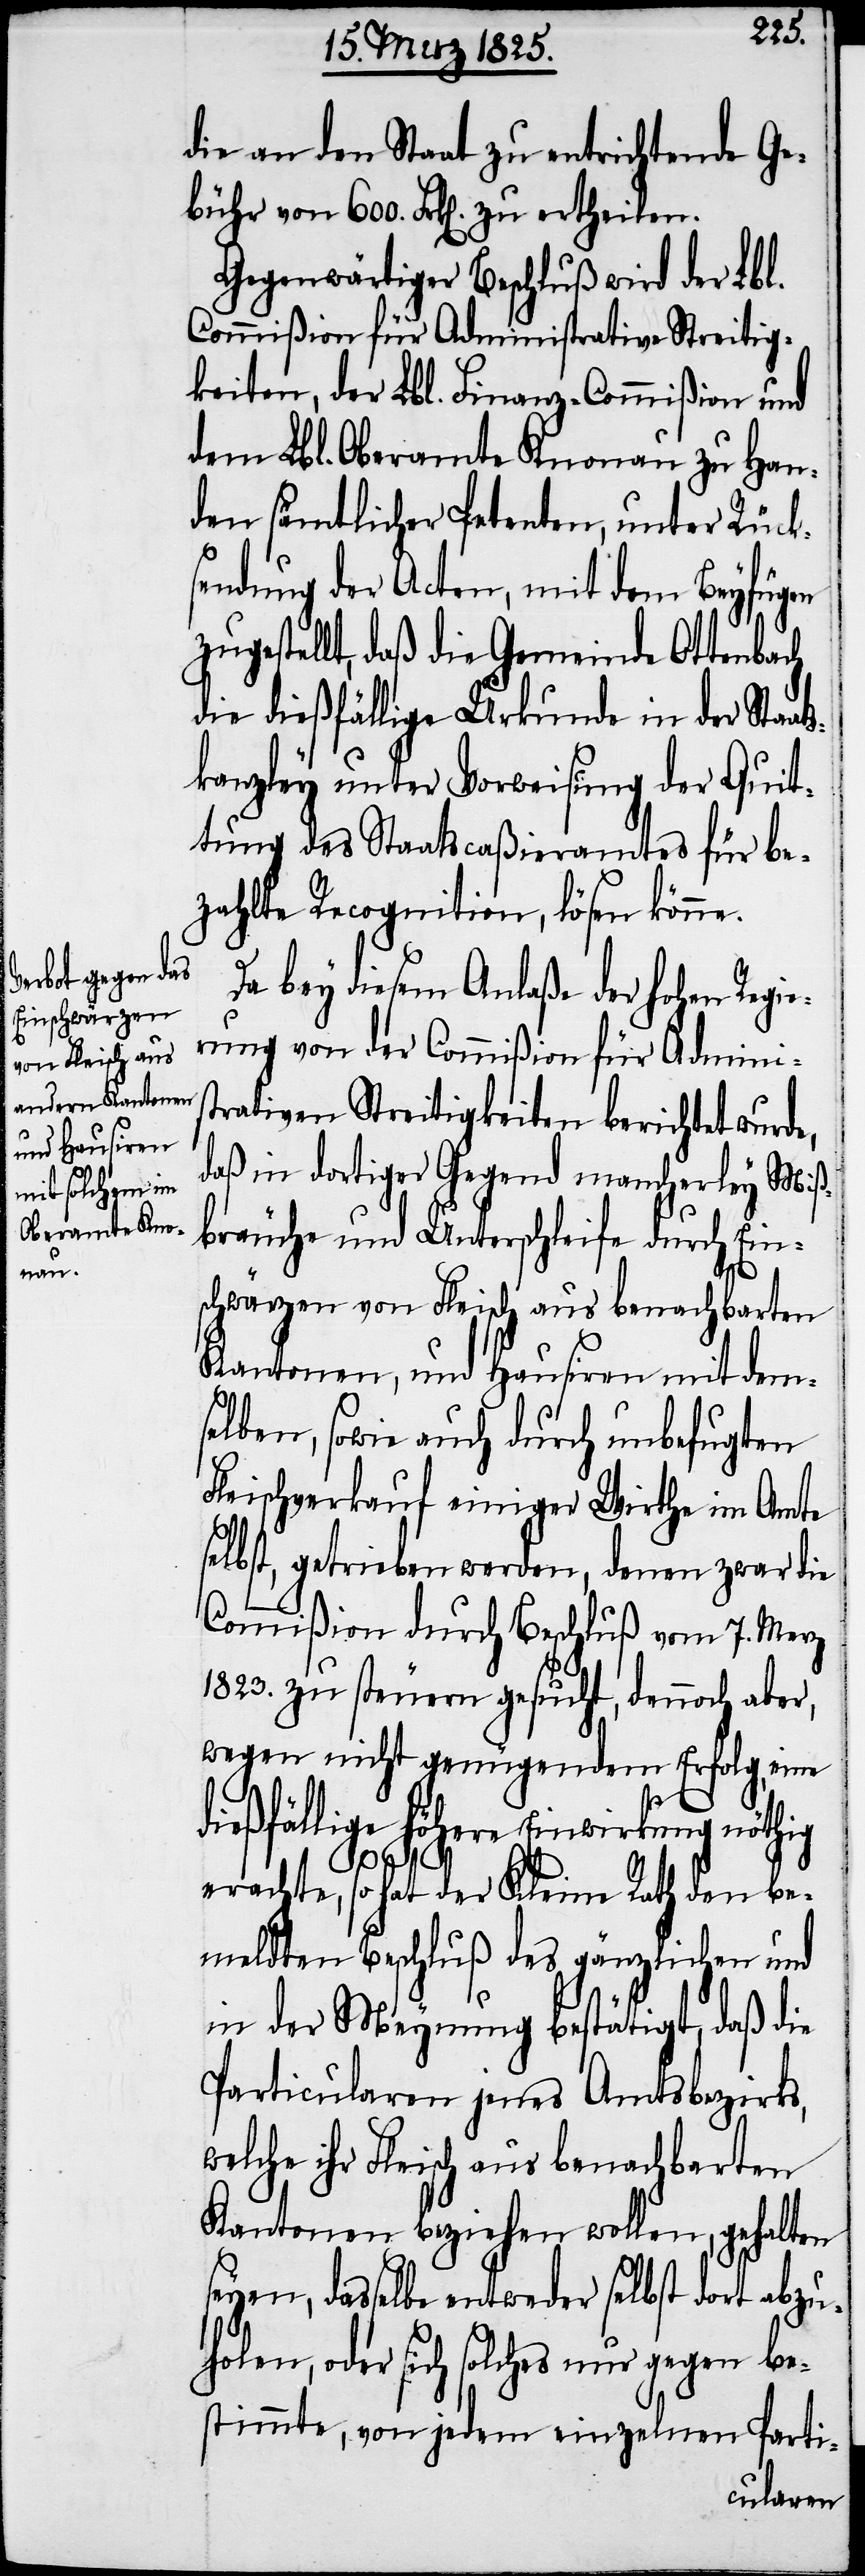
die an den Staat zu entrichtende Ge¬
bühr von 600. Frk[en]. zu ertheilen.
Gegenwärtiger Beschluß wird der Lbl.
Commißion für Administrative Streitig¬
keiten, der Lbl. Finanz-Commißion und
dem Lbl. Oberamte Knonau zu Han¬
den sämtlicher Petenten, unter Rücks¬
endung der Acten, mit dem Beyfügen
zugestellt, daß die Gemeinde Ottenbach
die dießfällige Urkunde in der Sta¬
kanzley unter Vorweisung der Quit¬
tung des Staatscaßieramtes für be¬
zahlte Recognition, lösen könne.
Da bey diesem Anlaße der hohen Regie¬
rung von der Commißion für Adminis¬
trative Streitigkeiten berichtet wurde,
daß in dortiger Gegend mancherley Miß¬
bräuche und Unterschleife durch Ein¬
schwärzen von Fleisch aus benachbarten
Kantonen, und Hausiren mit dem¬
selben, sowie auch durch unbefugten
Fleischverkauf einiger Wirthe im Amte
selbst, getrieben werden, denen zwar die
Commißion durch Beschluß vom 7. Merz
1823. zu steuern gesucht, dennoch aber,
wegen nicht genügendem Erfolg, eine
dießfällige höhere Einwirkung nöthig
ats¬
erachte, so hat der Kleine Rath den be¬
meldten Beschluß des gänzlichen und
in der Meinung bestätigt, daß die
Particularen jenes Amtsbezirks,
welche ihr Fleisch aus benachbarten
Kantonen beziehen wollen, gehalten
seyen, dasselbe entweder selbst dort abzu¬
holen, oder sich solches nur gegen be¬
stimmte, von jedem einzelnen Parti-